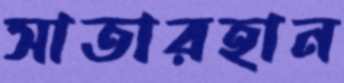
সাতারহান